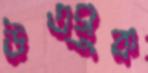
উত্সুক